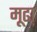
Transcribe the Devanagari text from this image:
मूढा़